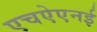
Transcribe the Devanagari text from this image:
एचऐएनई